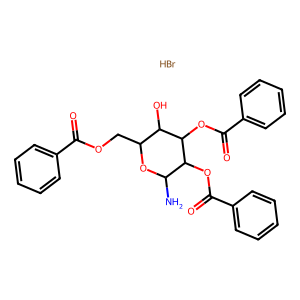
SMILES: Br.NC1OC(COC(=O)c2ccccc2)C(O)C(OC(=O)c2ccccc2)C1OC(=O)c1ccccc1
Inhibits HIV replication: No